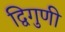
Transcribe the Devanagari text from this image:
द्विगुणी